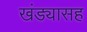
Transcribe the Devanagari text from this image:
खंड्यासह